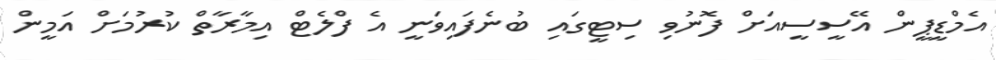
އެމްޑީޕީން އޭސީސީއަށް ފޮނުވި ސިޓީގައި ބުނެފައިވަނީ އެ ފްލެޓް އިމާރާތް ކުރުމަށް އަމީން